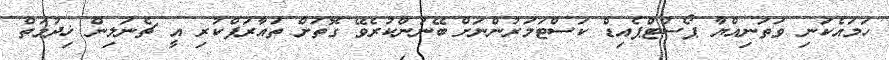
ހަމައެކަނި ވަތަނިއްޔާ ޕޯސްޓްޕެއިޑް ކަސްޓަމަރުންނަށް ބޭނުންކުރެވޭ ގޮތަށް ތައާރަފްކުރި އީ ޗެނަލިން ޚިދުމަތް